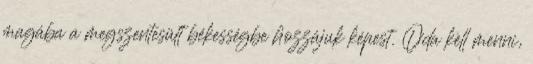
magába a megszentesült békességbe hozzájuk képest. Oda kell menni,